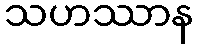
သဟဿာန